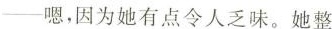
--嗯。异味她有点令人乏味。她整